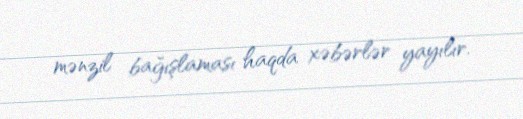
mənzil bağışlaması haqda xəbərlər yayılır.